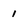
Character: 1